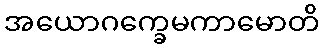
အယောဂက္ခေမကာမောတိ